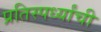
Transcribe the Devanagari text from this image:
प्रतिस्पर्ध्यांची